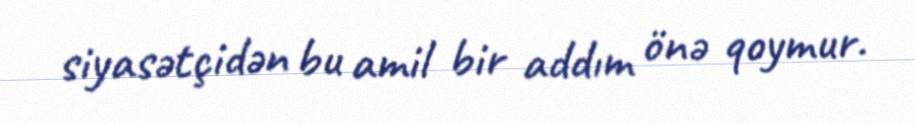
siyasətçidən bu amil bir addım önə qoymur.